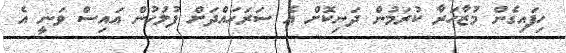
ހިފައިގެން މުޒާހަރާ ކުރަމުން ދަނިކޮށް އެ ސަރަހައްދަށް ފުލުހުން އައިސް ވަނީ އެ